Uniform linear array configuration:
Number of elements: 24
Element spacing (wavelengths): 0.5
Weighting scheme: exponential
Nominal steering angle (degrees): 15
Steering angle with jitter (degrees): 16.469
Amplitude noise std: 0.05
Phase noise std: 0.05

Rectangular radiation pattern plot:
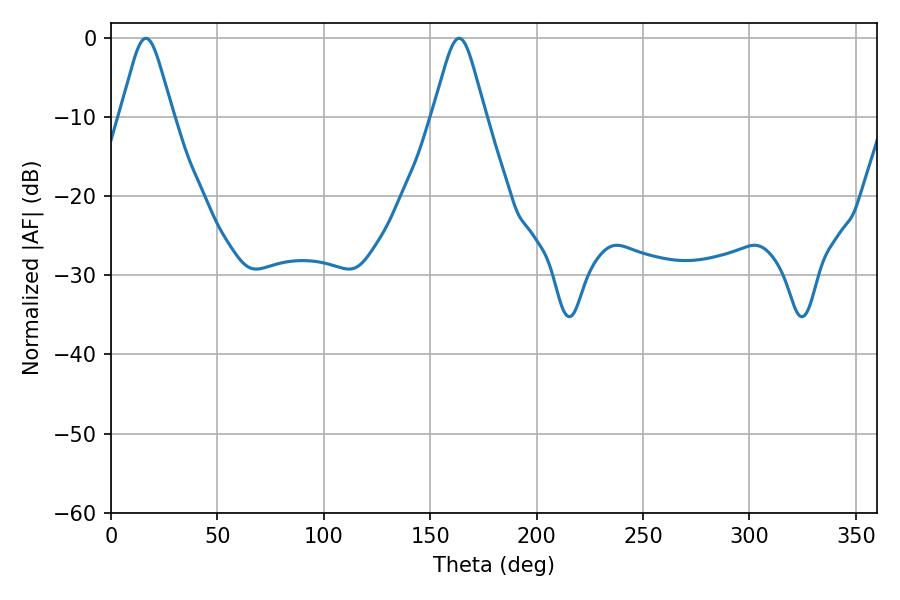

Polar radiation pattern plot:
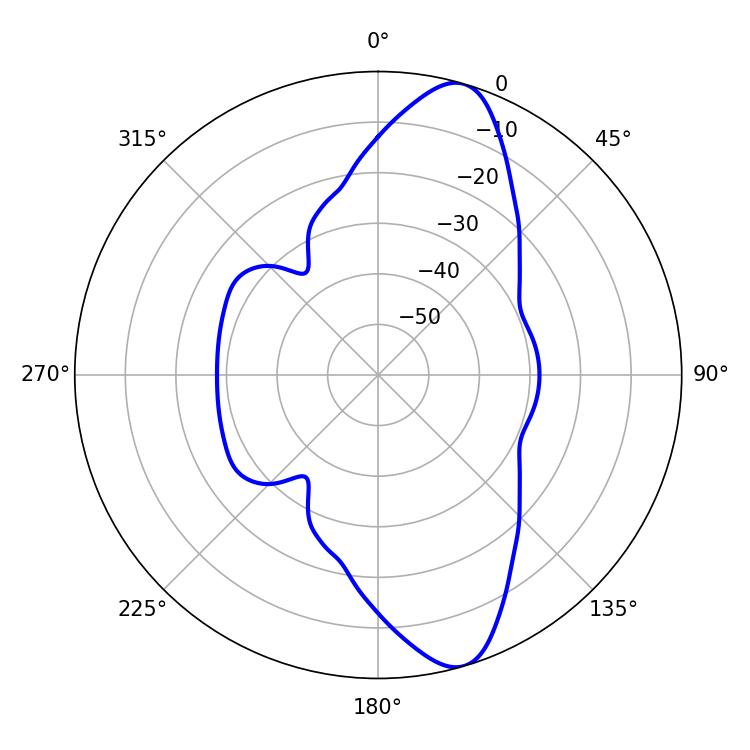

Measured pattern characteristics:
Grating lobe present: FALSE
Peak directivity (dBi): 11.47
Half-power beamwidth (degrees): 12.06
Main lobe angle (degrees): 16.38